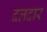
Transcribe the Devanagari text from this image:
दलदार